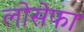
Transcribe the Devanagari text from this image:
लोसेफा